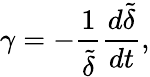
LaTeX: \gamma=-\frac{1}{\tilde{\delta}}\frac{d{\tilde{\delta}}}{dt},